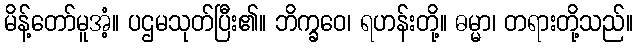
မိန့်တော်မူအံ့။ ပဌမသုတ်ပြီး၏။ ဘိက္ခဝေ၊ ရဟန်းတို့။ ဓမ္မာ၊ တရားတို့သည်။